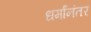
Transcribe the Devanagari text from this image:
धर्मांनंतर